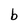
Character: b